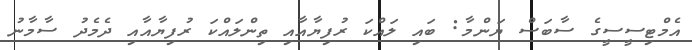
އެމްޓިސީސީގެ ސާބަސް ޔަންމާ: ބައި ލައްކަ ރުފިޔާއާއި ތިންލައްކަ ރުފިޔާއާއި ދެމެދު ސާމާނު